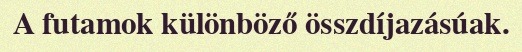
A futamok különböző összdíjazásúak.